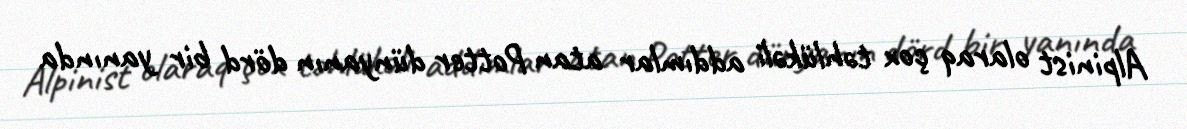
Alpinist olaraq çox təhlükəli addımlar atan Potter dünyanın dörd bir yanında